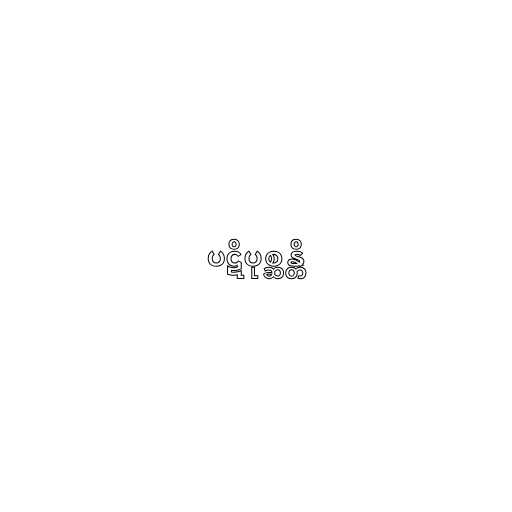
ပဋိပုစ္ဆန္တိ